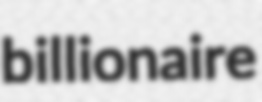
billionaire